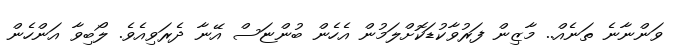
ވަންނާނެ ތަނެއް.. މާޒިން ފަރުވާކުޑަކޮށްލަމުން އެހެން ބުންޏަސް އޭނާ ދެރަވިއެވެ. ލޯބިވާ އަންހެން